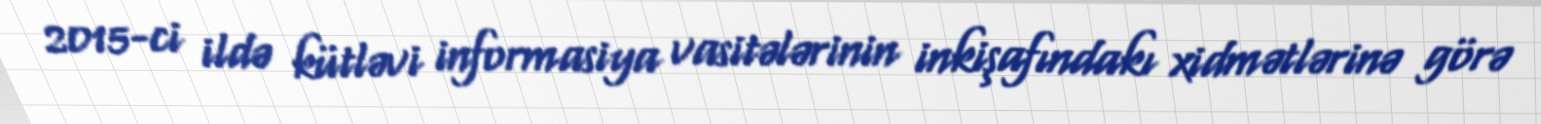
2015-ci ildə kütləvi informasiya vasitələrinin inkişafındakı xidmətlərinə görə